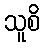
သူစိ